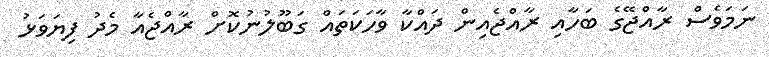
ނަމަވެސް ރާއްޖޭގެ ބަހާއި ރާއްޖެއިން ދައްކާ ވާހަކަތައް ގަބޫލުނުކޮށް ރާއްޖެއާ މެދު ފިޔަވަޅު